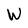
Character: W